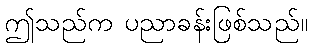
ဤသည်က ပညာခန်းဖြစ်သည်။